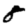
Digit: 8